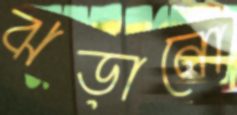
ঝড়ানো